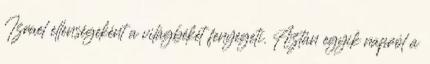
Izrael ellenségeként a világbékét fenyegeti. Aztán egyik napról a